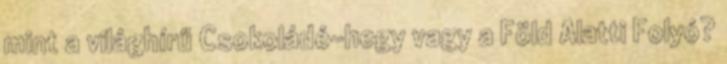
mint a világhírű Csokoládé-hegy vagy a Föld Alatti Folyó?